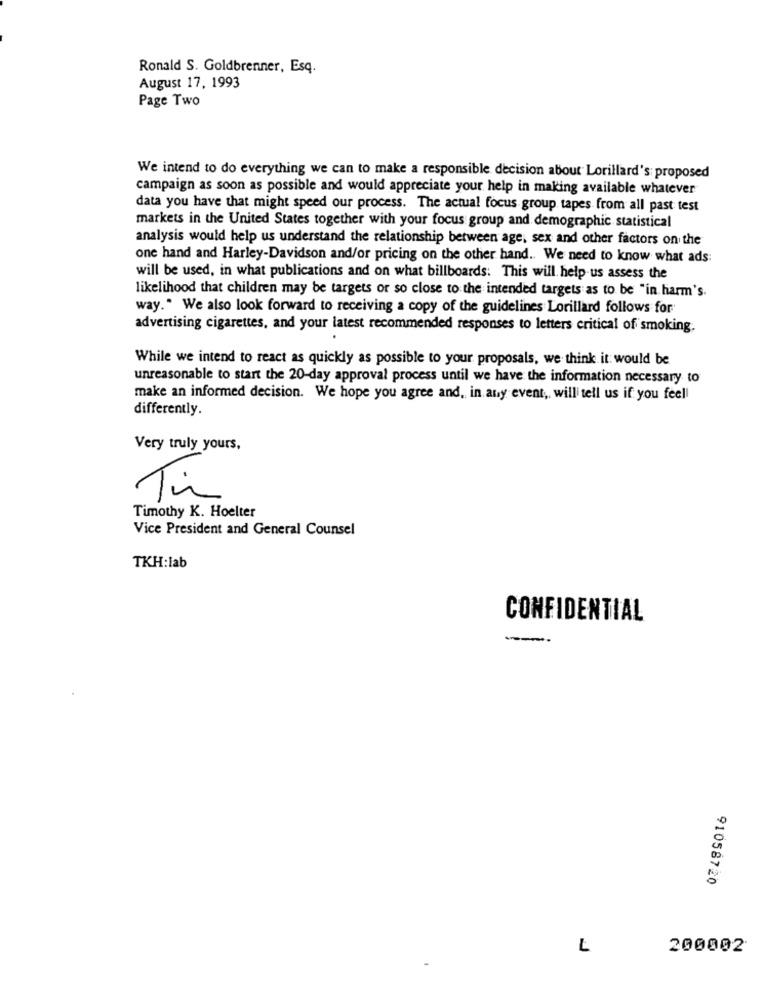
Ronald S. Goldbrenner, Esq.
August 17, 1993
Page Two
We intend to do everything we can to make a responsible decision about Lorillard's: proposed
campaign as soon as possible and would appreciate your help in making available whatever
data you have that might speed our process. The actual focus group tapes from all past test
markets in the United States together with your focus group and demographic statistical
analysis would help us understand the relationship between age, sex and other factors on the
one hand and Harley-Davidson and/or pricing on the other hand. We need to know what ads:
will be used, in what publications and on what billboards: This will help us assess the
likelihood that children may be targets or so close to the intended targets as to be "in harm's.
way." We also look forward to receiving a copy of the guidelines Lorillard follows for
advertising cigarettes, and your latest recommended responses to letters critical of smoking.
While we intend to react as quickly as possible to your proposals, we think it would be
unreasonable to start the 20-day approval process until we have the information necessary to
make an informed decision. We hope you agree and, in any event, will tell us if you feel!
differently.
Very truly yours,
Timothy K. Hoelter
Vice President and General Counsel
TKH:lab
CONFIDENTIAL
91058720
L
200002